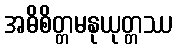
အဓိစိတ္တမနုယုတ္တဿ